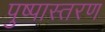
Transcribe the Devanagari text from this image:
पुष्पास्तरण